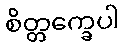
စိတ္တက္ခေပါ